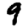
Digit: 9